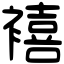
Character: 鿋